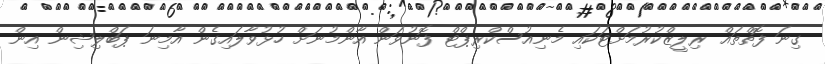
ގިނަ ފޮތްތައް ރިލީޒްކުރުމަށްޓަކައި މެނިއުސްކްރިޕްޓް ފޮނުވަން އާންމުނަށް ހުޅުވާލައިގެން އާމިނަ ޕަބްލިޝިން އިން